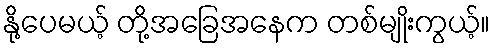
နို့ပေမယ့် တို့အခြေအနေက တစ်မျိုးကွယ့်။